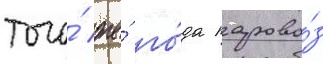
того́ же́ го́да парово́з